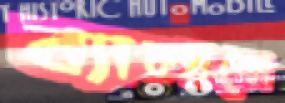
ব্যালান্সে